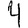
Digit: 4